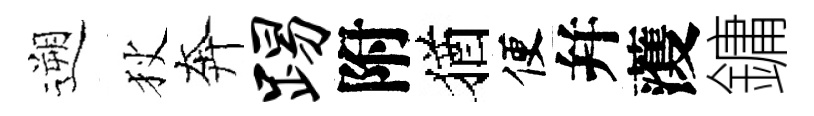
遡狄奔踢附猶便幷𮑮鏞